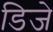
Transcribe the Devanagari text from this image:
डिजे